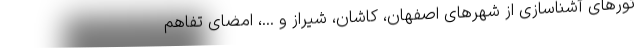
تورهای آشناسازی از شهرهای اصفهان، کاشان، شیراز و ...، امضای تفاهم